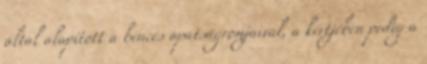
által alapított a bencés apátságromjaival, a kertjében pedig a